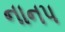
નાનપ